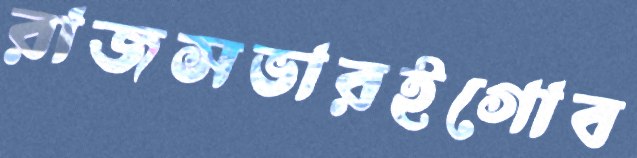
রাজসভারইগোব